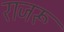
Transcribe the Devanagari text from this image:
राजरू